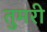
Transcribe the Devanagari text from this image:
तुमरी